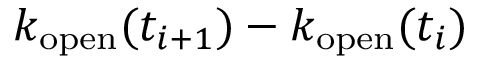
k _ { \mathrm { o p e n } } ( t _ { i + 1 } ) - k _ { \mathrm { o p e n } } ( t _ { i } )